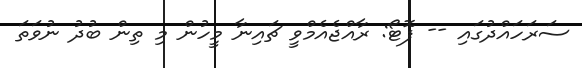
ސަރަހައްދުގައި -- ފޮޓޯ: ރާއްޖެއެމްވީ ޗައިނާ މީހުން މި ތިން ބުދު ނުވަތަ